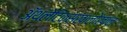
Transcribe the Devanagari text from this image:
ॲथलेटिक्सखालोखाल